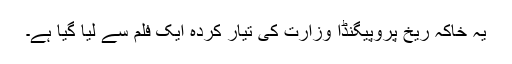
یہ خاکہ ریخ پروپیگنڈا وزارت کی تیار کردہ ایک فلم سے لیا گیا ہے۔